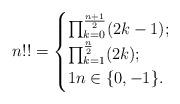
LaTeX: \begin{align*} n!! = \begin{cases} \prod_{k=0}^{\frac{n+1}{2}}(2k-1) ;\\ \prod_{k=1}^{\frac{n}{2}}(2k) ;\\ 1 n \in \{0, -1\}. \end{cases}\end{align*}